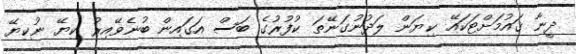
ދީނާ ޤައުމަށްޓަކައޭ ކިޔަން ލަދުނުގަނޭތަ ކުފުރުގެ ބަސް އަގައިން ބުނެވޭއިރު ކިޔޭ ނުކިޔޭ